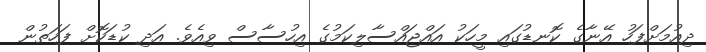
ދިއުމަށްފަހު އޭނާގެ ކޮނޑުގައި މީހަކު އައްޖައްސާލިކަމުގެ އިހުސާސް ވިއެވެ. އަދި ކުޑަކޮށް ފަހަތުން